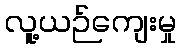
လူ့ယဉ်ကျေးမှု